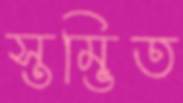
স্তম্ভিত